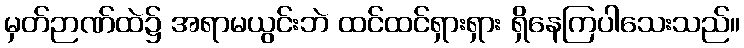
မှတ်ဉာဏ်ထဲ၌ အရာမယွင်းဘဲ ထင်ထင်ရှားရှား ရှိနေကြပါသေးသည်။